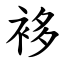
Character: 袳